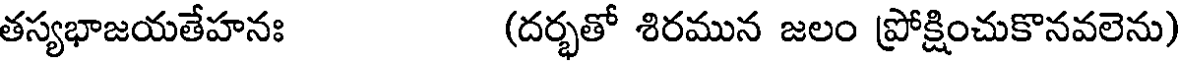
తస్యభాజయతేహనః (దర్భతో శిరమున జలం ప్రోక్షించుకొనవలెను)